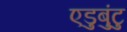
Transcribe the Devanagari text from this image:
एडुबुंटु